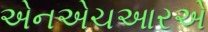
એનએચઆરએ